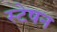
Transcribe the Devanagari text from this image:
स्टेषन